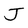
Character: J